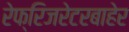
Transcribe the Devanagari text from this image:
रेफ्रिजरेटरबाहेर